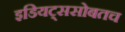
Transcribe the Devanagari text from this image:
इडियट्ससोबतच